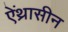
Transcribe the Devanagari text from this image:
ऐंथ्रासीन